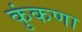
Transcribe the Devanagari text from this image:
कुंकणा